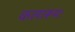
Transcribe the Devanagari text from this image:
कलारूपः